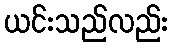
ယင်းသည်လည်း